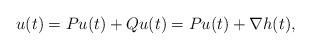
LaTeX: \begin{align*}u(t) = P u(t) + Q u(t) = P u(t) + \nabla h (t),\end{align*}